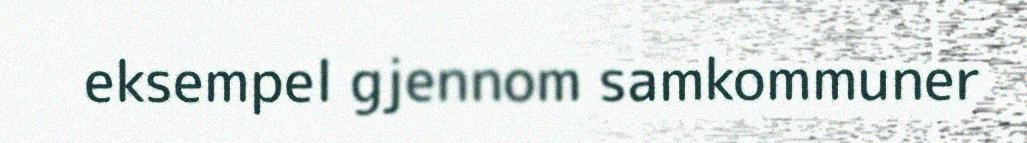
eksempel gjennom samkommuner